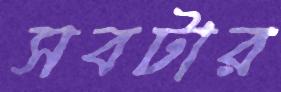
সবটার